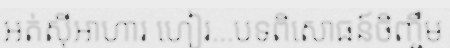
អត់ស៊ីអាហារ ហៀរ...បទពិសោធន៍ចិញ្ចឹម